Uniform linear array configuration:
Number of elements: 64
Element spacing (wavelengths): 0.25
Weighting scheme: uniform
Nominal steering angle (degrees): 45
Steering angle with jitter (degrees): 43.503
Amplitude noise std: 0.05
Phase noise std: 0.05

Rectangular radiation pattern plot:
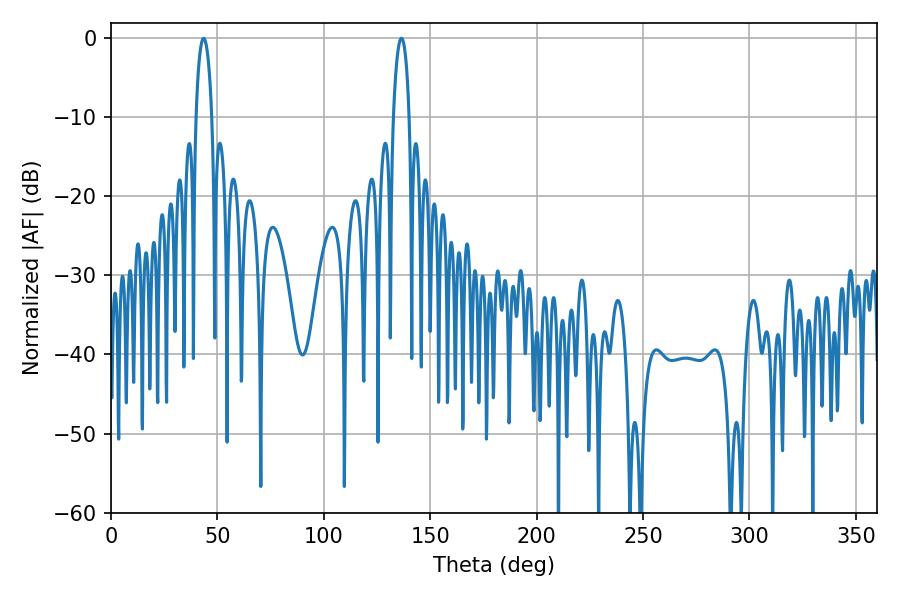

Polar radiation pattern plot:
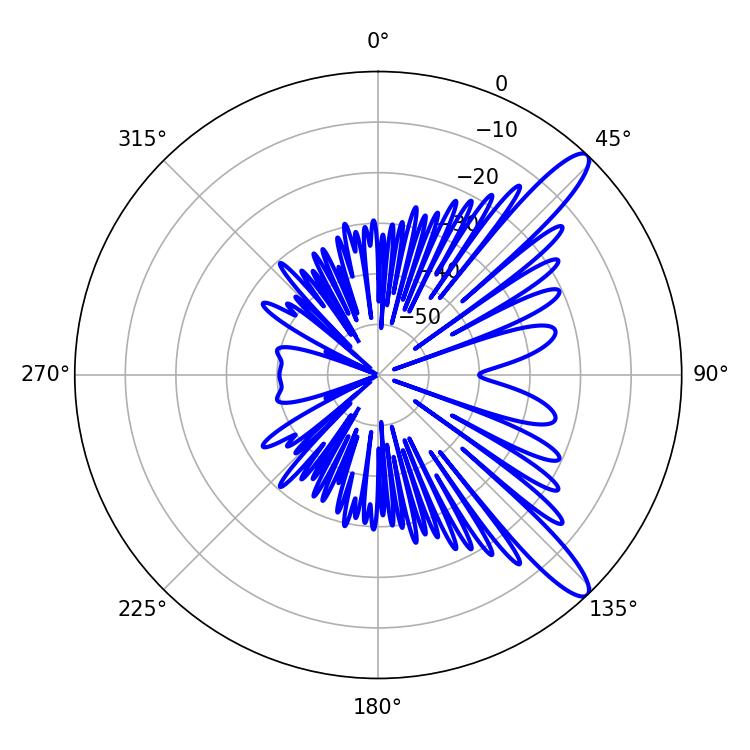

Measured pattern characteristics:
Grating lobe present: FALSE
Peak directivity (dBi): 12.265
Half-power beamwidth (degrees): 4.32
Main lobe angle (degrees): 43.56